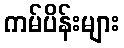
ကမ်ပိန်းများ